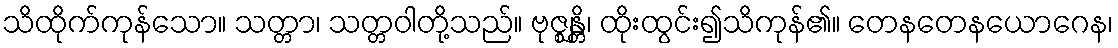
သိထိုက်ကုန်သော။ သတ္တာ၊ သတ္တဝါတို့သည်။ ဗုဇ္ဈန္တိ၊ ထိုးထွင်း၍သိကုန်၏။ တေနတေနယောဂေန၊